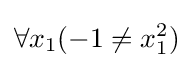
\forall x_{1}(-1\neq x_{1}^{2})